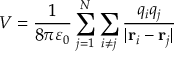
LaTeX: V = { \frac { 1 } { 8 \pi \varepsilon _ { 0 } } } \sum _ { j = 1 } ^ { N } \sum _ { i \neq j } { \frac { q _ { i } q _ { j } } { | \mathbf { r } _ { i } - \mathbf { r } _ { j } | } }